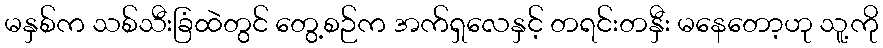
မနှစ်က သစ်သီးခြံထဲတွင် တွေ့စဉ်က အက်ရှလေနှင့် တရင်းတနှီး မနေတော့ဟု သူ့ကို